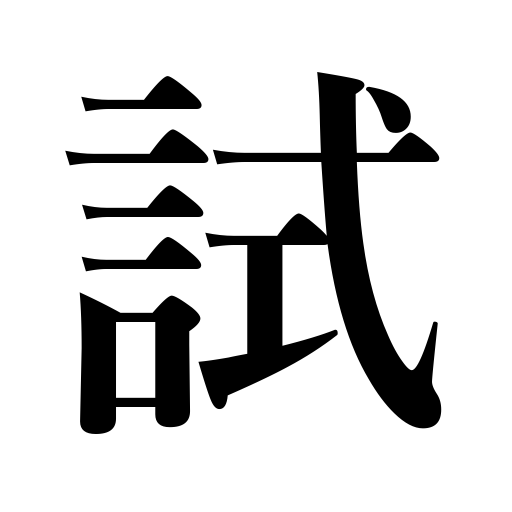
Meanings: try,experiment,attempt,test,sample,testing